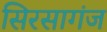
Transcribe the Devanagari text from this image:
सिरसागंज